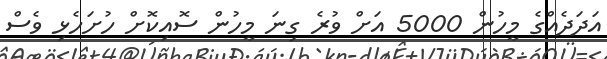
އަދަދެއްގެ މީހުން 5000 އަށް ވުރެ ގިނަ މީހުން ސޮއިކޮށް ހުށަހެޅި ވެސް